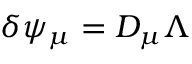
\delta \psi _ { \mu } = D _ { \mu } \Lambda